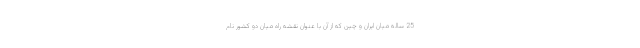
25 ساله میان ایران و چین که از آن با عنوان نقشه راه میان دو کشور نام